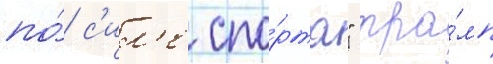
по́ с'ил'е спо́рта" тра́мп